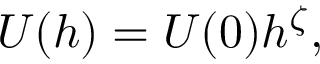
U ( h ) = U ( 0 ) h ^ { \zeta } ,